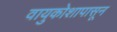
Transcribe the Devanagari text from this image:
वायुकोशापासून